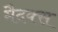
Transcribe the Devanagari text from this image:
मैदक्स